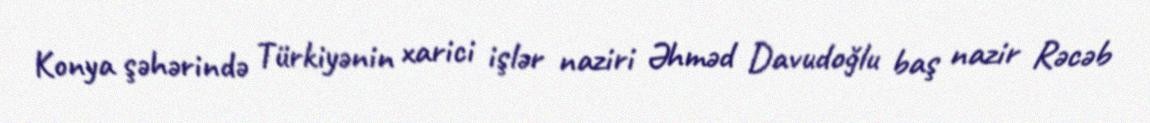
Konya şəhərində Türkiyənin xarici işlər naziri Əhməd Davudoğlu baş nazir Rəcəb